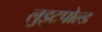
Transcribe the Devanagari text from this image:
लुइटपोल्ड